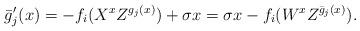
LaTeX: \begin{align*} \bar{g}'_j(x) = -f_i(X^x Z^{g_j(x)}) + \sigma x = \sigma x - f_i(W^x Z^{\bar{g}_j(x)}). \end{align*}